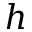
h